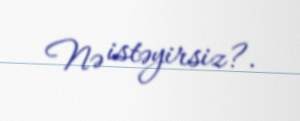
Nə istəyirsiz?.